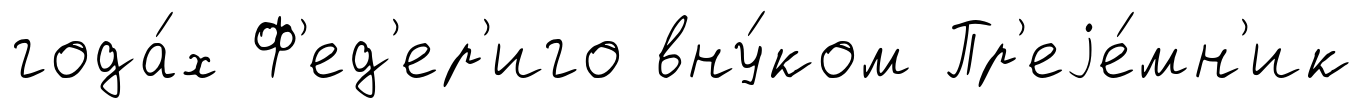
года́х Ф'ед'ер'иго вну́ком Пр'еjе́мн'ик